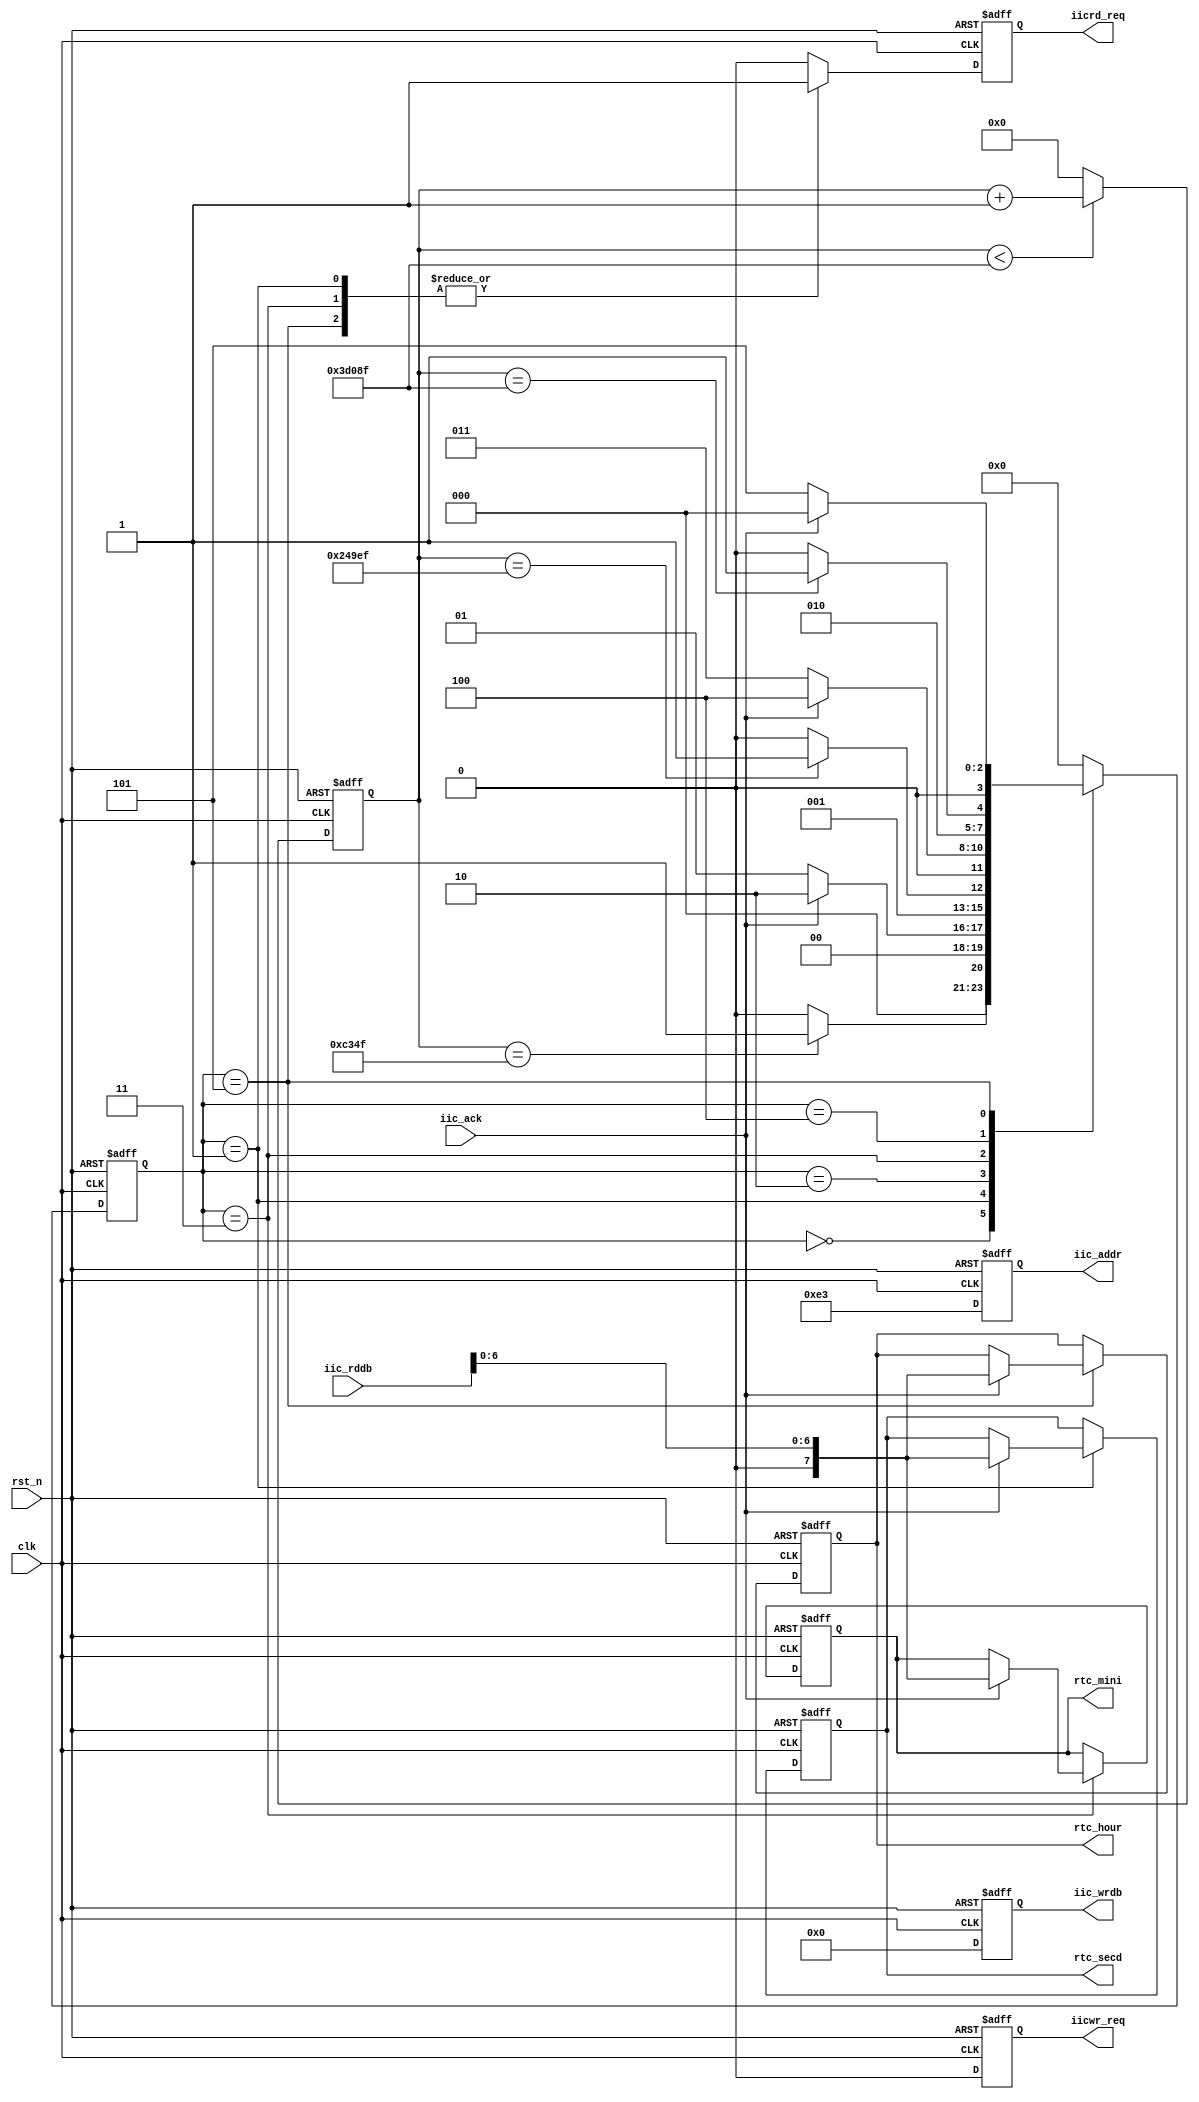
/////////////////////////////////////////////////////////////////////////////
// Xilinx Spartan 6 FPGA
// SF-SP6 
//         FPGA
//				SF-SP6
// http://myfpga.taobao.com/
//  http://pan.baidu.com/s/1jGjAhEm
//                 
/////////////////////////////////////////////////////////////////////////////
//10msRTC
module rtc_controller(
			input clk,			// 
			input rst_n,		//
			output reg iicwr_req,	//IIC
			output reg iicrd_req,	//IIC
			output reg[7:0] iic_addr,	//IIC
			output reg[7:0] iic_wrdb,	//IIC
			input[7:0] iic_rddb,	//IIC
			input iic_ack,		//IIC	
			output reg[7:0] rtc_hour,	//RTCBCD
			output reg[7:0] rtc_mini,	//RTCBCD
			output reg[7:0] rtc_secd	//RTCBCD
		);

//-------------------------------------------------
//10ms
reg[17:0] cnt;

always @(posedge clk or negedge rst_n) 
	if(!rst_n) cnt <= 18'd0;
	else if(cnt < 18'd249_999) cnt <= cnt+1'b1;
	else cnt <= 18'd0;

wire timer1_10ms = (cnt == 18'd49_999);		//10ms
wire timer2_10ms = (cnt == 18'd149_999);	//10ms
wire timer3_10ms = (cnt == 18'd249_999);	//10ms

//-------------------------------------------------
//RTC
parameter 	RIDLE = 4'd0,	//
			RRDSE = 4'd1,	//
			RWASE = 4'd2,	//
			RRDMI = 4'd3,	//
			RWAMI = 4'd4,	//
			RRDHO = 4'd5;	//		

reg[3:0] cstate,nstate;			
			
always @(posedge clk or negedge rst_n) 
	if(!rst_n) cstate <= RIDLE;
	else cstate <= nstate;
			
always @(cstate or timer1_10ms or timer2_10ms or timer3_10ms or iic_ack) begin 
	case(cstate)
		RIDLE: begin
			if(timer1_10ms) nstate <= RRDSE;
			else nstate <= RIDLE;
		end
		RRDSE: begin
			if(iic_ack) nstate <= RWASE;
			else nstate <= RRDSE;		
		end
		RWASE: begin
			if(timer2_10ms) nstate <= RRDMI;
			else nstate <= RWASE;		
		end
		RRDMI: begin
			if(iic_ack) nstate <= RWAMI;
			else nstate <= RRDMI;		
		end
		RWAMI: begin
			if(timer3_10ms) nstate <= RRDHO;
			else nstate <= RWAMI;		
		end
		RRDHO: begin
			if(iic_ack) nstate <= RIDLE;
			else nstate <= RRDHO;		
		end
		default: nstate <= RIDLE;
	endcase
end			
	
	//IIC
always @(posedge clk or negedge rst_n) 
	if(!rst_n) begin
		iicwr_req <= 1'b0;	//IIC
		iicrd_req <= 1'b0;	//IIC
		iic_addr <= 8'h0;	//IIC
		iic_wrdb <= 8'd0;	//IIC		
	end
	else begin
		case(cstate)
			RRDSE: begin
				iicwr_req <= 1'b0;	//IIC
				iicrd_req <= 1'b1;	//IIC
				iic_addr <= 8'he3;	//IIC
				iic_wrdb <= 8'd0;	//IIC					
			end
			RRDMI: begin
				iicwr_req <= 1'b0;	//IIC
				iicrd_req <= 1'b1;	//IIC
				iic_addr <= 8'he3;	//IIC
				iic_wrdb <= 8'd0;	//IIC					
			end
			RRDHO: begin
				iicwr_req <= 1'b0;	//IIC
				iicrd_req <= 1'b1;	//IIC
				iic_addr <= 8'he3;	//IIC
				iic_wrdb <= 8'd0;	//IIC					
			end
			default: begin
				iicwr_req <= 1'b0;	//IIC
				iicrd_req <= 1'b0;	//IIC
				iic_addr <= 8'he3;	//IIC
				iic_wrdb <= 8'd0;	//IIC		
			end
		endcase
	end
	
	//IIC
always @(posedge clk or negedge rst_n) 
	if(!rst_n) begin
		rtc_hour <= 8'd0;	//RTCBCD
		rtc_mini <= 8'd0;	//RTCBCD
		rtc_secd <= 8'd0;	//RTCBCD
	end
	else begin
		case(cstate)
			RRDSE: if(iic_ack) rtc_secd <= {1'b0,iic_rddb[6:0]};
					else ;
			RRDMI: if(iic_ack) rtc_mini <= {1'b0,iic_rddb[6:0]};
					else ;
			RRDHO: if(iic_ack) rtc_hour <= {1'b0,iic_rddb[6:0]};
					else ;
		default: ;
		endcase
	end

	
			
endmodule